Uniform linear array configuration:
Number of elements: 32
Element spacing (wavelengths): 0.75
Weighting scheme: blackman
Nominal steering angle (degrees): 45
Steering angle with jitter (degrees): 43.302
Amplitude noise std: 0.05
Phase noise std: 0.05

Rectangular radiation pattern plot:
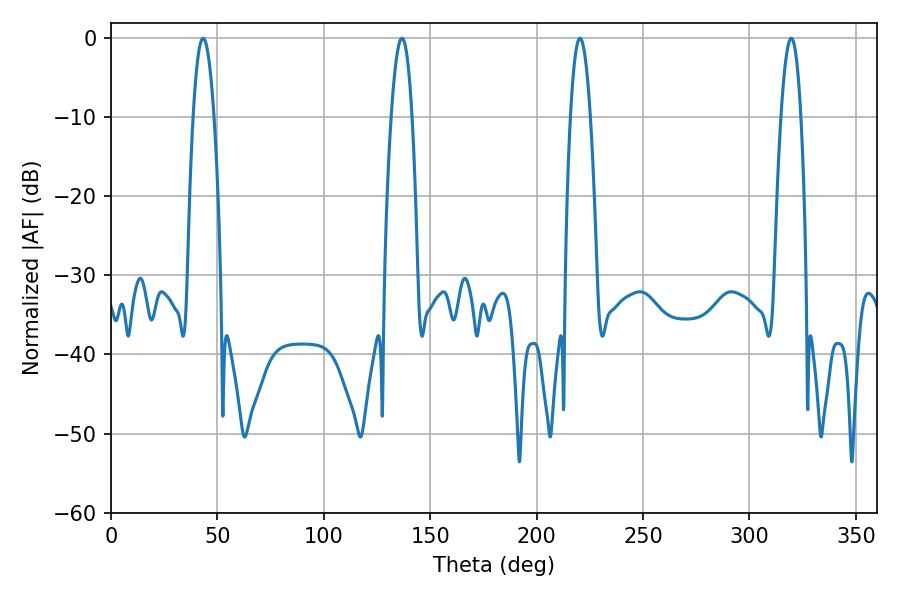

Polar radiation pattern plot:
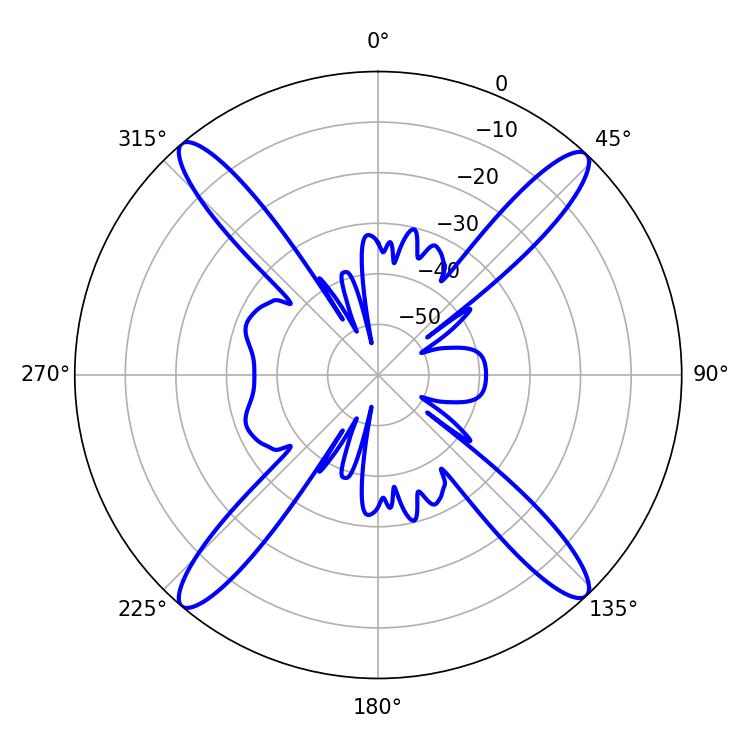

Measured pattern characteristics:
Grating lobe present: TRUE
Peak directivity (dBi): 21.768
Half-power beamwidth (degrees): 5.22
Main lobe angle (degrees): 220.32